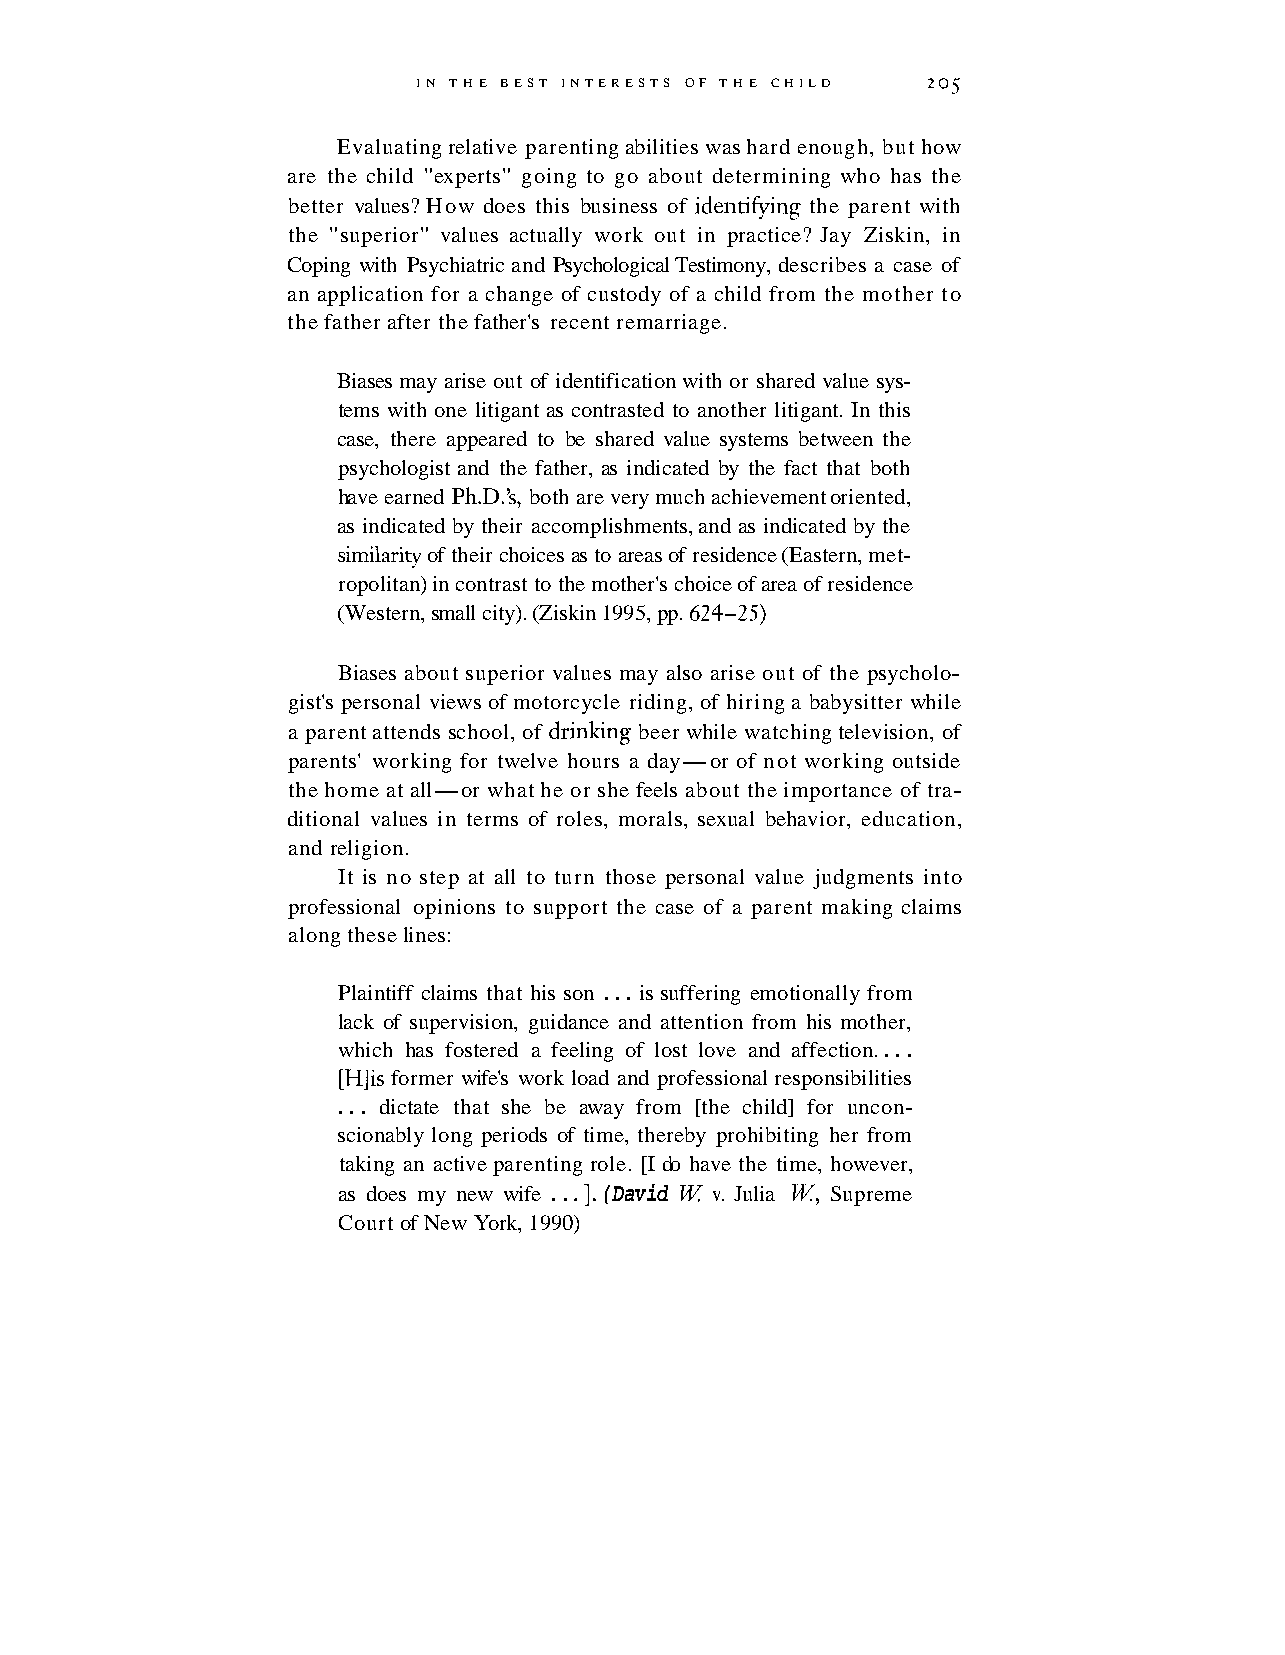
IN THE BEST INTERESTS OF T H E CHILD 205
 Evaluating relative parenting abilities was hard enough, but how
 are the child "experts" going to go about determining who has the
 better values? How does this business of identifying the parent with
 the "superior" values actually work out in practice? Jay Ziskin, in
 Coping with Psychiatric and Psychological Testimony, describes a case of
 an application for a change of custody of a child from the mother to
 the father after the father's recent remarriage.
 Biases may arise out of identification with or shared value sys-
 tems with one litigant as contrasted to another litigant. In this
 case, there appeared to be shared value systems between the
 psychologist and the father, as indicated by the fact that both
 have earned Ph.D.'s, both are very much achievement oriented,
 as indicated by their accomplishments, and as indicated by the
 similarity of their choices as to areas of residence (Eastern, met-
 ropolitan) in contrast to the mother's choice of area of residence
 (Western, small city). (Ziskin 1995, pp. 624-25)
 Biases about superior values may also arise out of the psycholo-
 gist's personal views of motorcycle riding, of hiring a babysitter while
 a parent attends school, of drinlung beer while watching television, of
 parents' working for twelve hours a day-or of not working outside
 the home at all-or what he or she feels about the importance of tra-
 ditional values in terms of roles, morals, sexual behavior, education,
 and religion.
 It is no step at all to turn those personal value judgments into
 professional opinions to support the case of a parent making claims
 along these lines:
 Plaintiff claims that his son . . . is suffering emotionally from
 lack of supervision, guidance and attention from his mother,
 which has fostered a feeling of lost love and affection. . . .
 [Hlis former wife's work load and professional responsibilities
 . . . dictate that she be away from [the child] for uncon-
 scionably long periods of time, thereby prohibiting her from
 taking an active parenting role. [I do have the time, however,
 as does my new wife . . .I. (David W v. Julia W, Supreme
 Court of New York, 1990)